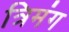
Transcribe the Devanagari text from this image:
त्रिमंग